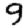
Digit: 9